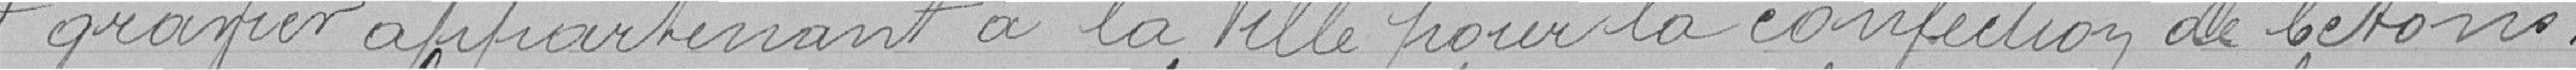
et gravier appartenant à la Ville pour la confection de béton.